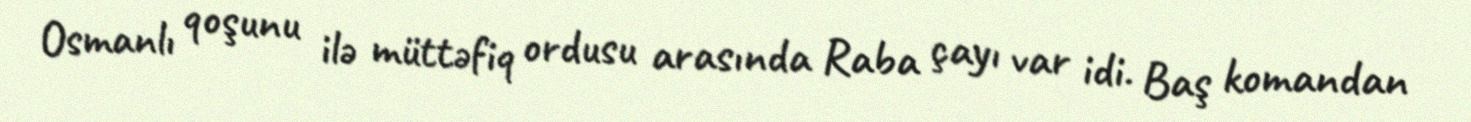
Osmanlı qoşunu ilə müttəfiq ordusu arasında Raba çayı var idi. Baş komandan